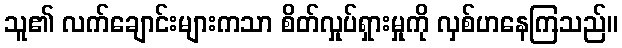
သူ၏ လက်ချောင်းများကသာ စိတ်လှုပ်ရှားမှုကို လှစ်ဟနေကြသည်။